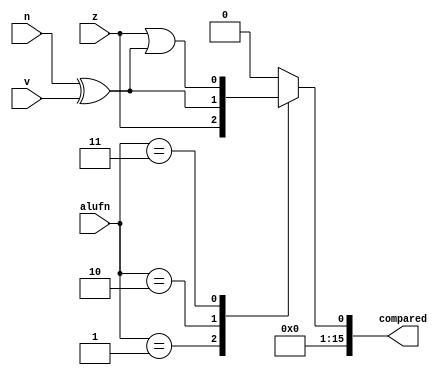
module comp_5 (
    input [1:0] alufn,
    input z,
    input v,
    input n,
    output reg [15:0] compared
  );
  
  
  
  reg comp;
  
  always @* begin
    
    case (alufn)
      2'h1: begin
        comp = z;
      end
      2'h2: begin
        comp = n ^ v;
      end
      2'h3: begin
        comp = z | (n ^ v);
      end
      default: begin
        comp = 1'h0;
      end
    endcase
    compared[1+14-:15] = 15'h0000;
    compared[0+0-:1] = comp;
  end
endmodule